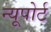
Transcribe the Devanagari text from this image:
न्‍यूपोर्ट